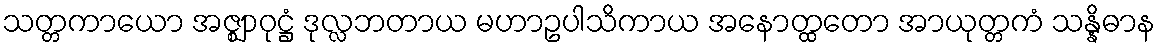
သတ္တကာယော အဇ္ဈာဝုဋ္ဌံ ဒုလ္လဘတာယ မဟာဥပါသိကာယ အနောတ္ထတော အာယုတ္တကံ သန္နိဓာန